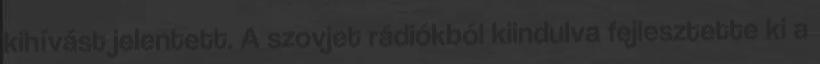
kihívást jelentett. A szovjet rádiókból kiindulva fejlesztette ki a